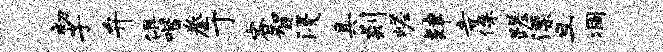
初子弁俱喈拳于客智浸具剡嵯肄寺侏蹉漂旦凋